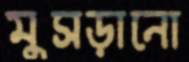
মুসড়ানো